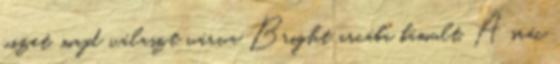
vizet, majd választ várva Bright arcába bámult. A srác